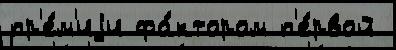
пр'е́м'иjи фа́ктором п'е́рвой